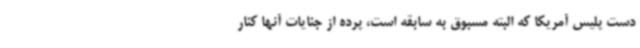
دست پلیس آمریکا که البته مسبوق به سابقه است، پرده از جنایات آنها کنار